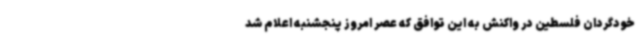
خودگردان فلسطین در واکنش به این توافق که عصر امروز پنجشنبه اعلام شد